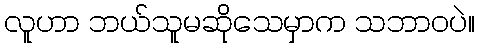
လူဟာ ဘယ်သူမဆိုသေမှာက သဘာဝပဲ။